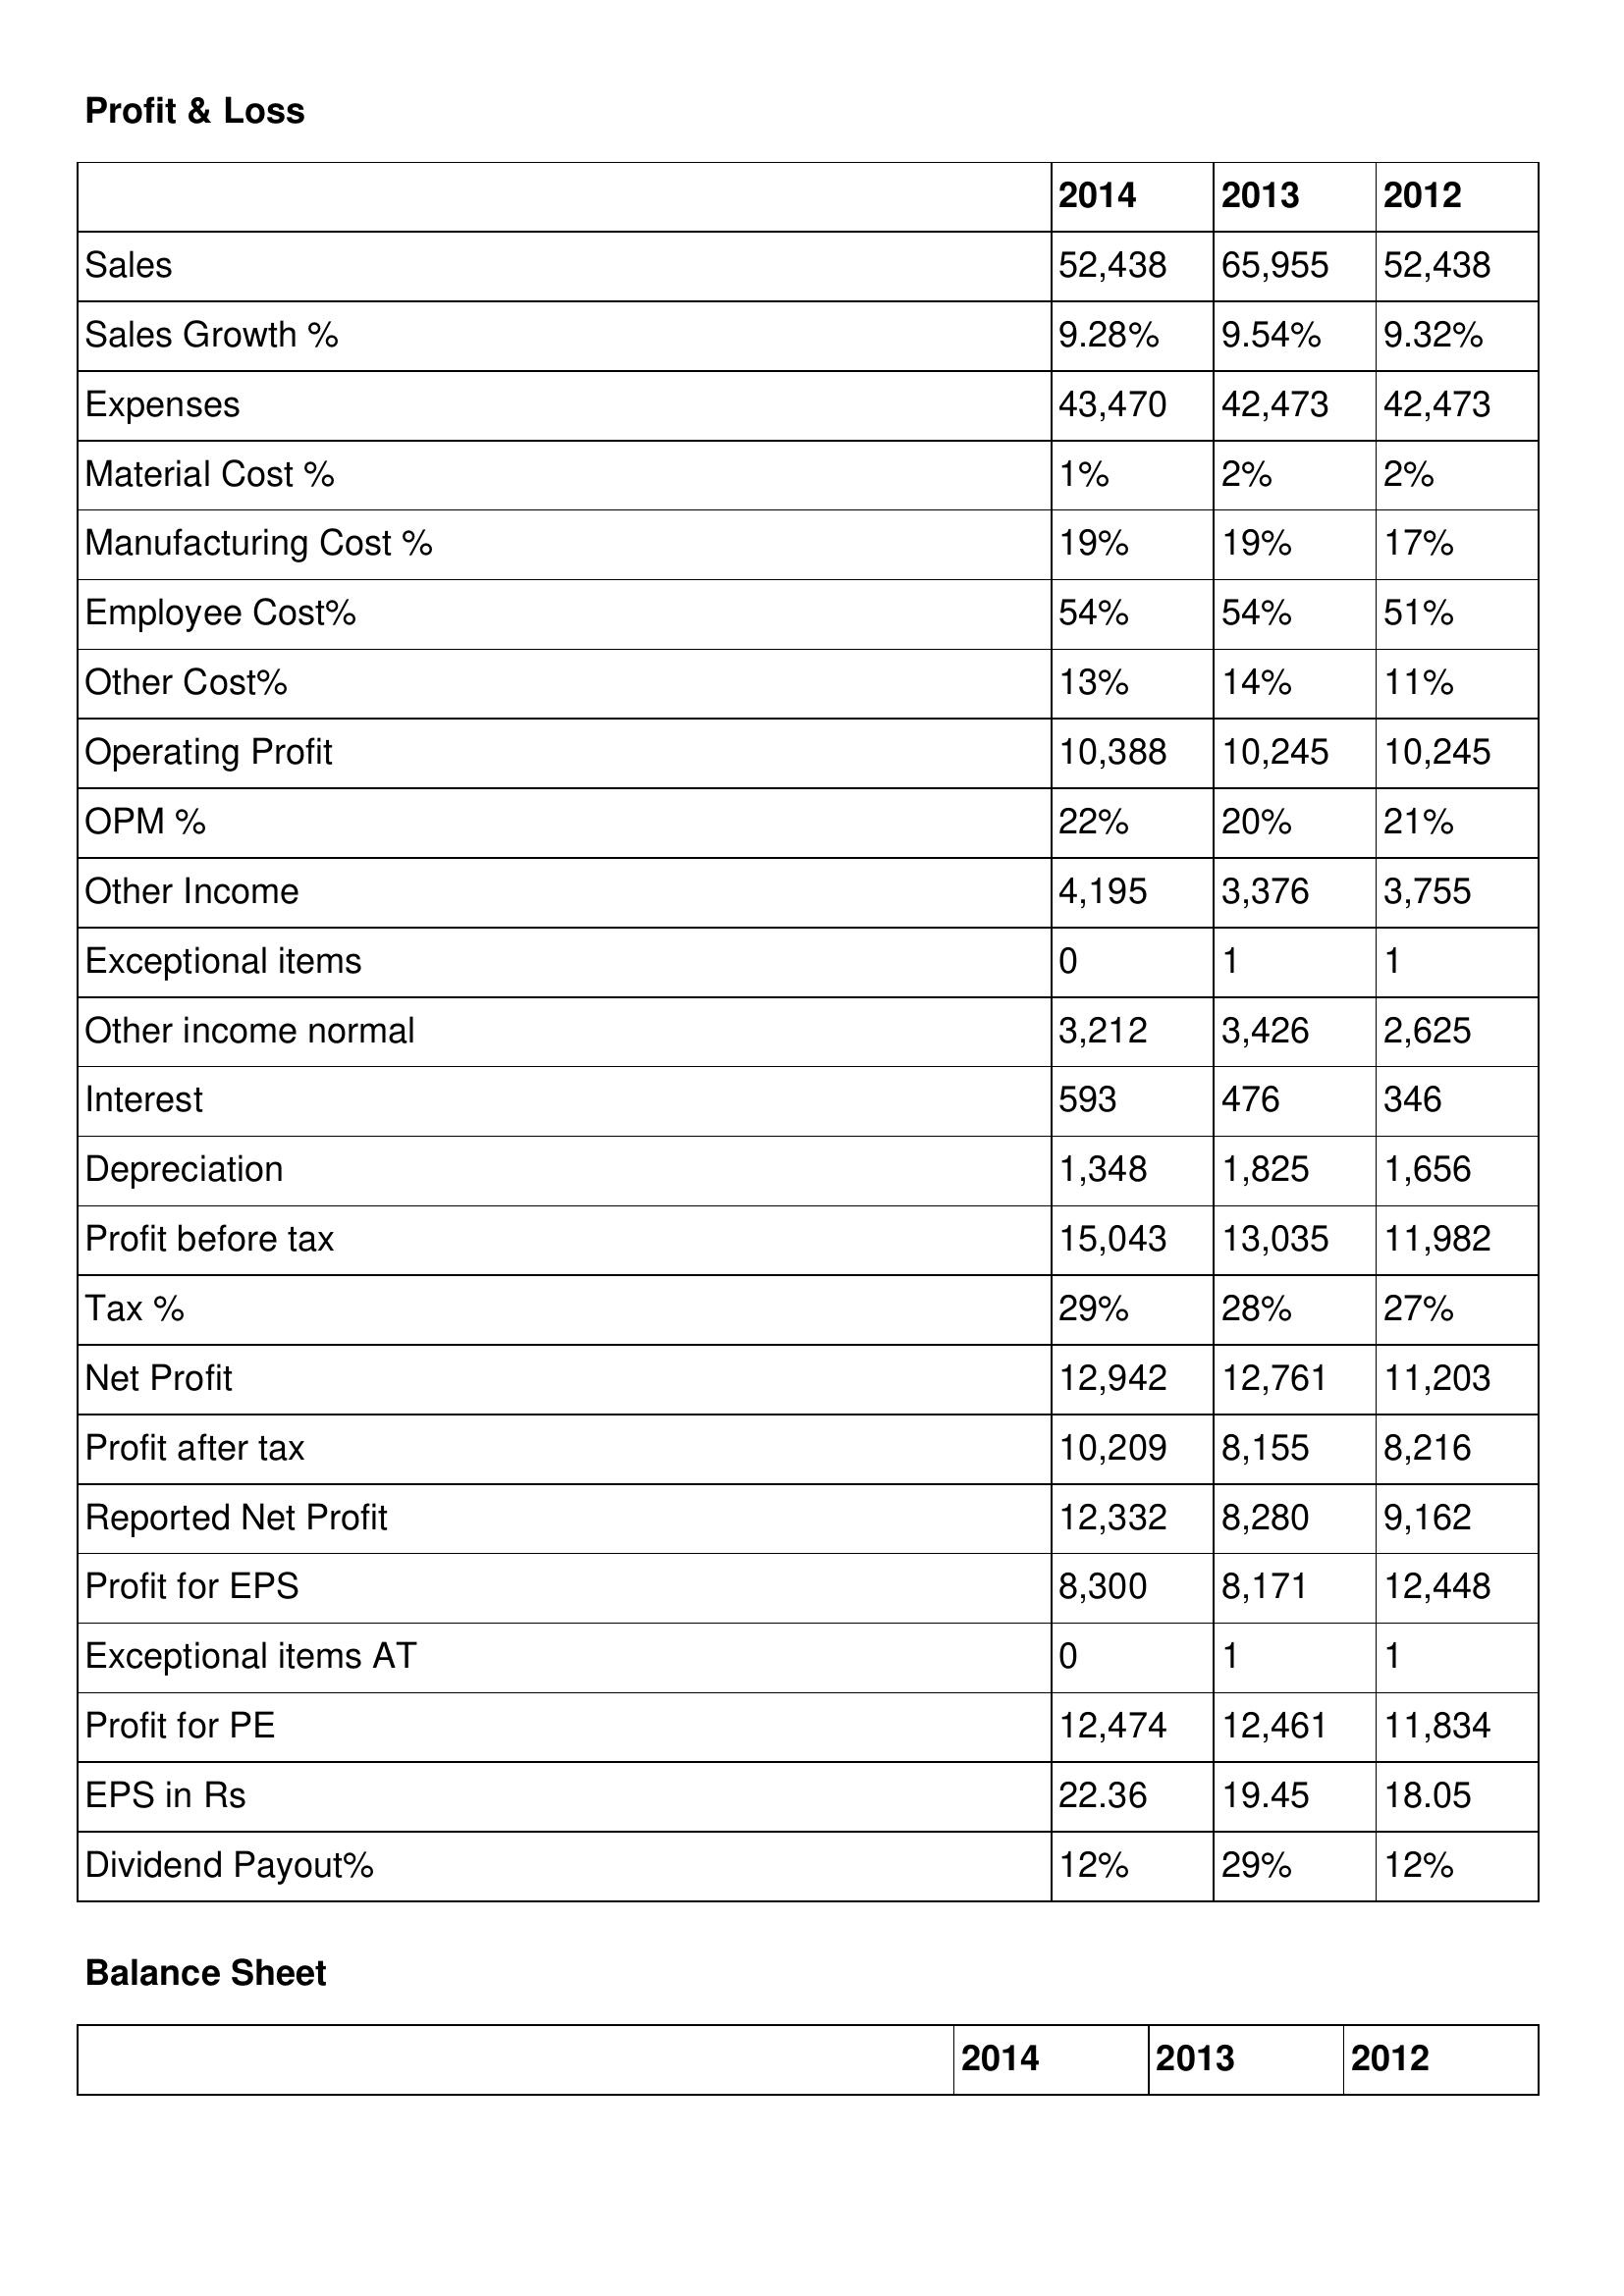
gt_parse: 2014: Profit & Loss: Sales: 52,438
Sales Growth %: 9.28%
Expenses: 43,470
Material Cost %: 1%
Manufacturing Cost %: 19%
Employee Cost%: 54%
Other Cost%: 13%
Operating Profit: 10,388
OPM %: 22%
Other Income: 4,195
Exceptional items: 0
Other income normal: 3,212
Interest: 593
Depreciation: 1,348
Profit before tax: 15,043
Tax %: 29%
Net Profit: 12,942
Profit after tax: 10,209
Reported Net Profit: 12,332
Profit for EPS: 8,300
Exceptional items AT: 0
Profit for PE: 12,474
EPS in Rs: 22.36
Dividend Payout%: 12%
2013: Profit & Loss: Sales: 65,955
Sales Growth %: 9.54%
Expenses: 42,473
Material Cost %: 2%
Manufacturing Cost %: 19%
Employee Cost%: 54%
Other Cost%: 14%
Operating Profit: 10,245
OPM %: 20%
Other Income: 3,376
Exceptional items: 1
Other income normal: 3,426
Interest: 476
Depreciation: 1,825
Profit before tax: 13,035
Tax %: 28%
Net Profit: 12,761
Profit after tax: 8,155
Reported Net Profit: 8,280
Profit for EPS: 8,171
Exceptional items AT: 1
Profit for PE: 12,461
EPS in Rs: 19.45
Dividend Payout%: 29%
2012: Profit & Loss: Sales: 52,438
Sales Growth %: 9.32%
Expenses: 42,473
Material Cost %: 2%
Manufacturing Cost %: 17%
Employee Cost%: 51%
Other Cost%: 11%
Operating Profit: 10,245
OPM %: 21%
Other Income: 3,755
Exceptional items: 1
Other income normal: 2,625
Interest: 346
Depreciation: 1,656
Profit before tax: 11,982
Tax %: 27%
Net Profit: 11,203
Profit after tax: 8,216
Reported Net Profit: 9,162
Profit for EPS: 12,448
Exceptional items AT: 1
Profit for PE: 11,834
EPS in Rs: 18.05
Dividend Payout%: 12%